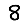
Digit: 8